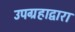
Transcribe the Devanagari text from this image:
उपग्रहाद्वारा